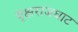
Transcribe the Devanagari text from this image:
वृक्षराजघाट